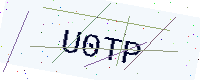
Text: U0TP